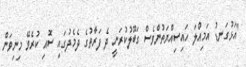
"އަޅުގަނޑު އަމިއްލަ ހައިސިއްޔަތުންވެސް ގަބޫލުކުރަނީ ދެ ފަރާތުގެ ދެމެދުގައި ސޮއި ކުރެވޭ މިނިވަން